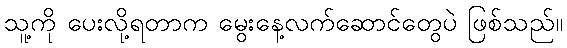
သူ့ကို ပေးလို့ရတာက မွေးနေ့လက်ဆောင်တွေပဲ ဖြစ်သည်။